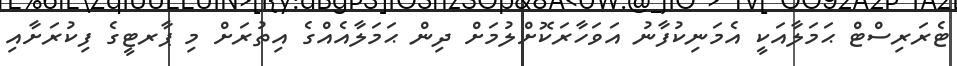
ޓެރަރިސްޓް ޙަމަލާއަކީ އެމަނިކުފާނު އަވަހާރަކޮށްލުމަށް ދިން ޙަމަލާއެއްގެ އިތުރަށް މި ޕާރޓީގެ ފިކުރަށާއި